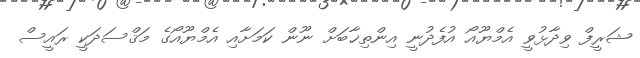
ޝަރީފް ވިދާޅުވީ އެމްޔޫއޯ އުފެދުނީ އިންތިޚާބަށް ނޫން ކަމަށާއި އެމްޔޫއޯގެ މަޤްސަދަކީ ރައީސް